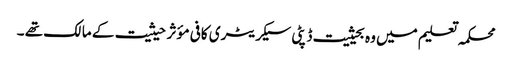
محکمہ تعلیم میں وہ بحیثیت ڈپٹی سیکریٹری کافی مؤثر حیثیت کے مالک تھے ۔